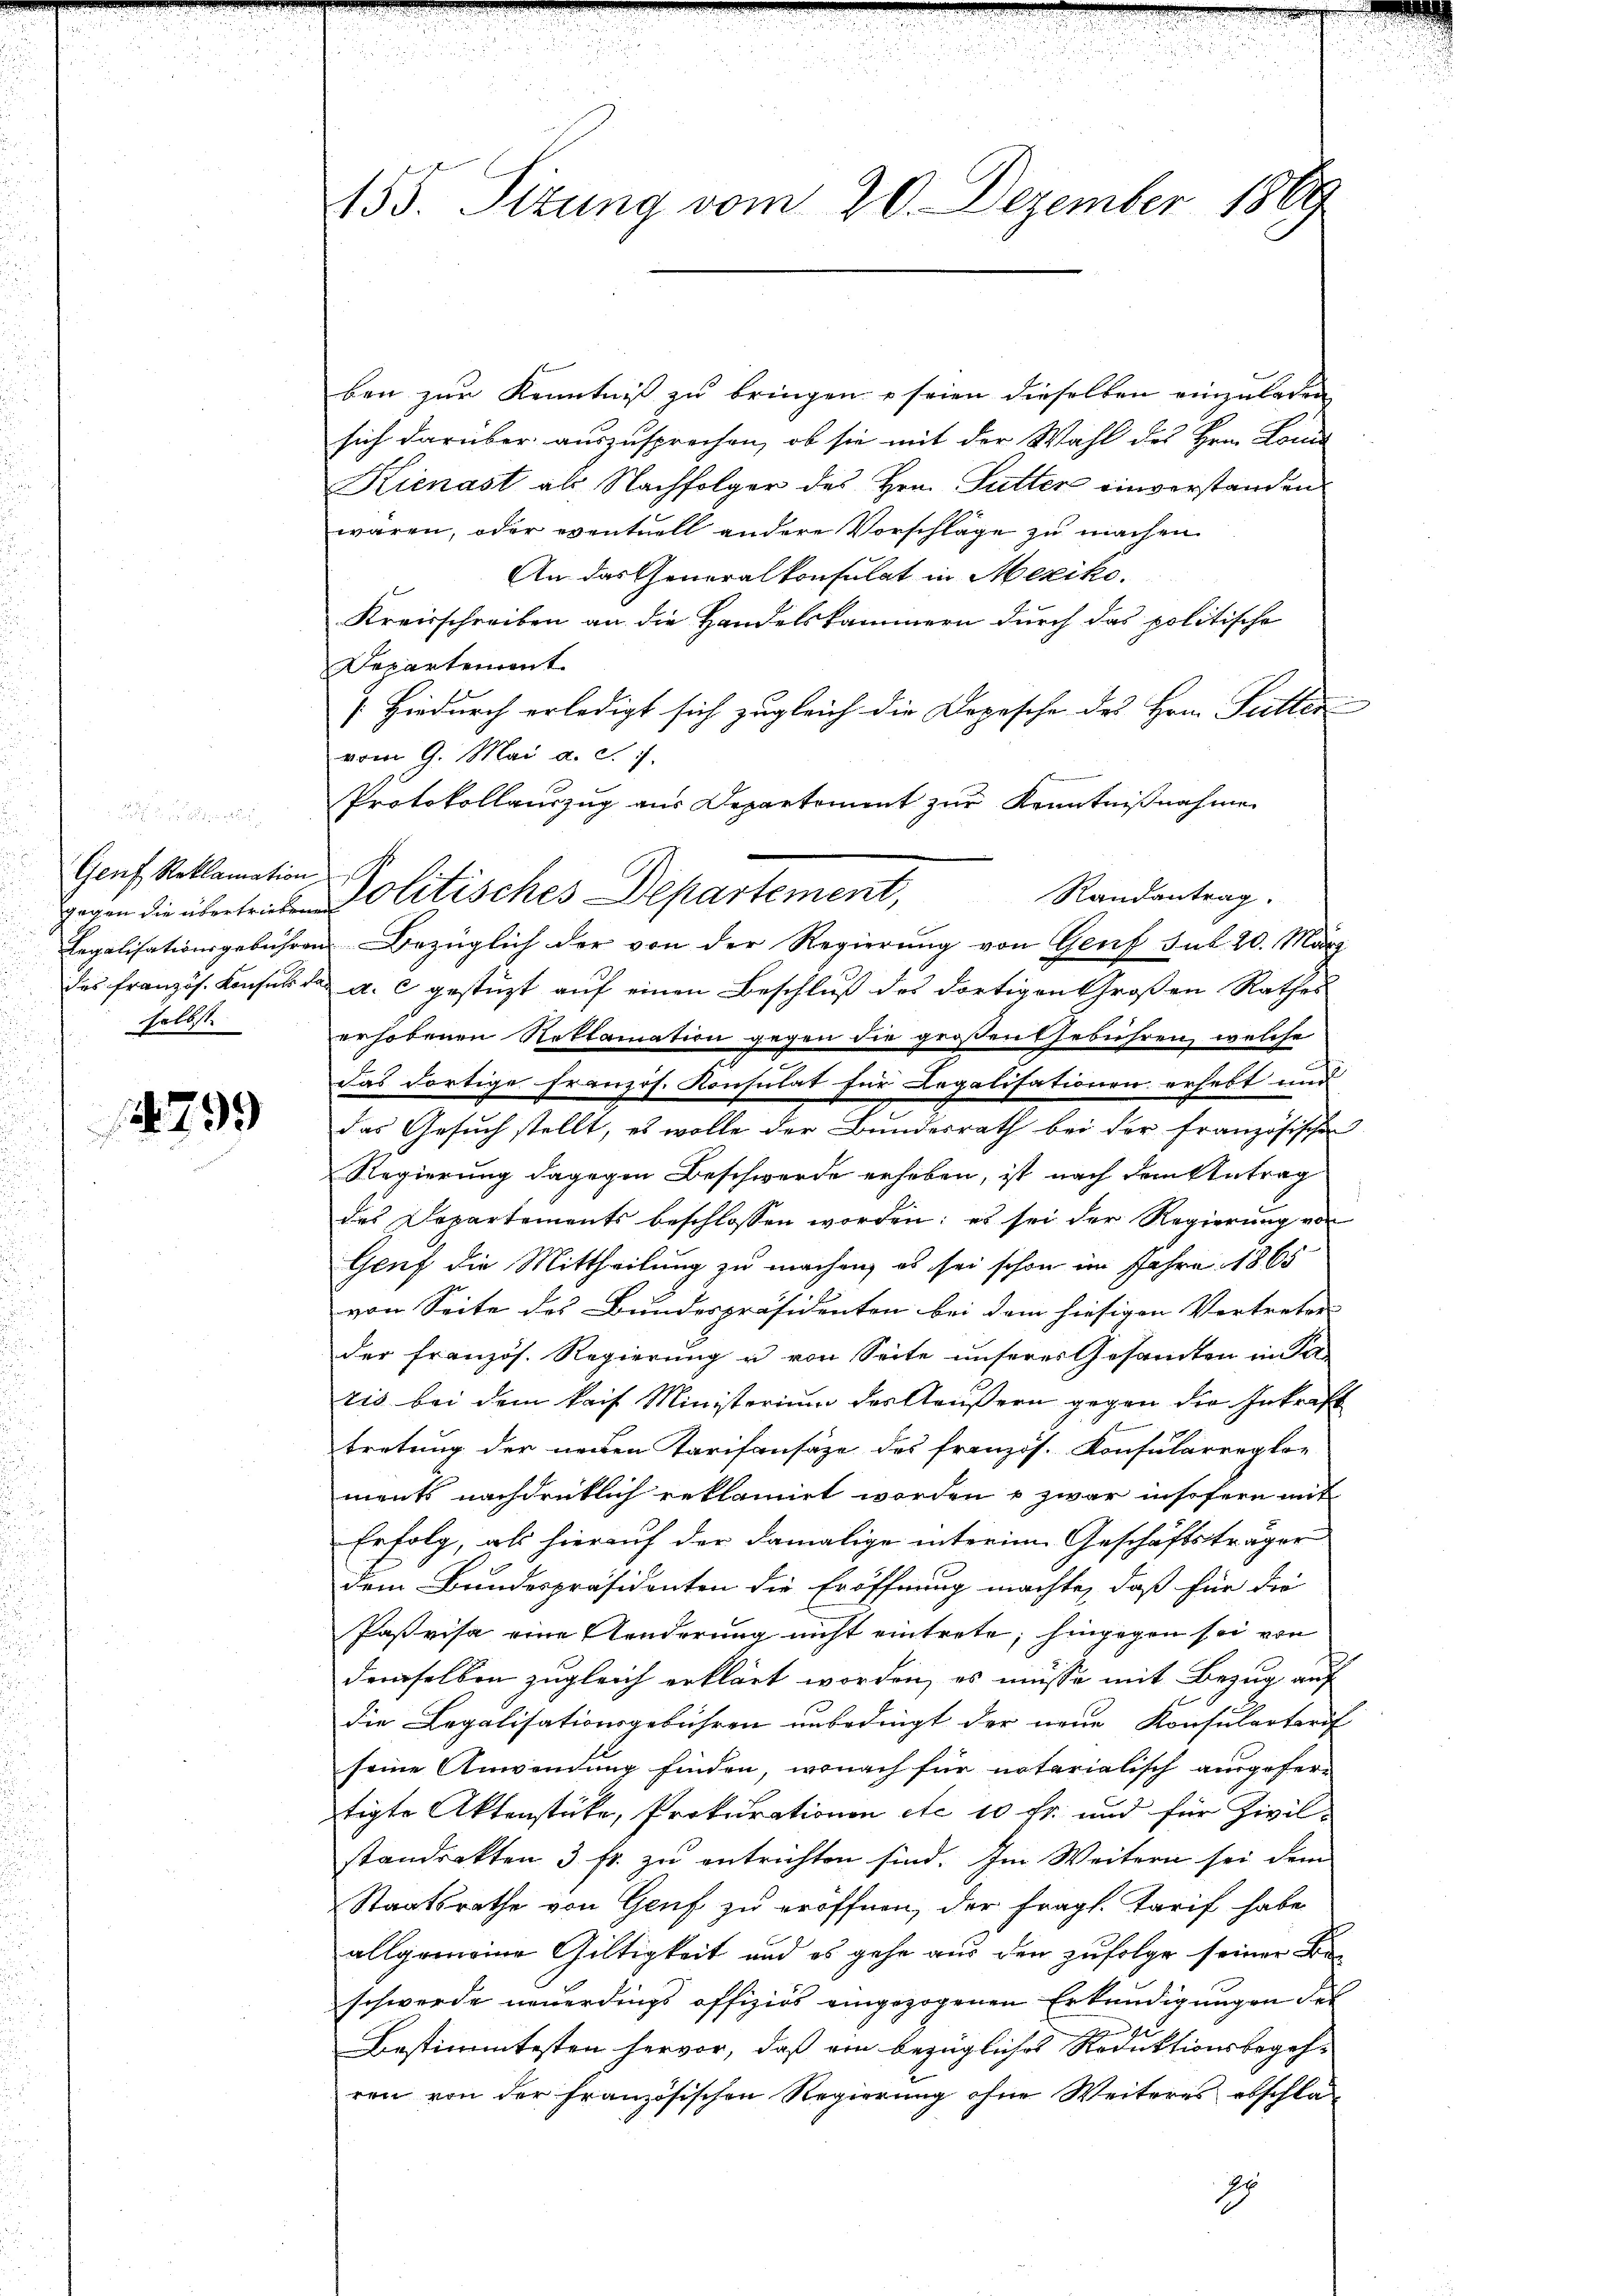
Genf Reklamation
selbst.

14799

155. Sizung vom 20. Dezember 1889

ben zur Kenntniß zu bringen, seien dieselben einzuladen
sich darüber auszusprechen, ob sie mit der Wahl des Hrn. Lon
Kienast als Nachfolger des Hrn. Futter einverstanden
wären, oder eventuell andere Vorschläge zu machen.
An das Generalkonsulat in Mexiko¬
Kreisschreiben an die Handelskammern durch das politische
Departement
[Hiedurch erledigt sich zugleich die Dopesche des Hrn. Futter
vom 9. Mai a. c.
Protokollauszug aus Departement zur Kenntnißnahme
Randantrag.
gegen die übertreten Politisches Departement,
Legalisationsgebühren Bezüglich der von der Regierung von Genf sub 20. März
des Französ. Konsuls das a. c. gestüzt auf einen Beschluß des dortigen Großen Rathes
erhobenen Reklamation gegen die großen Gebühren, welche
das dortige Französ. Konsulat für Legalisationen erhebt und
das Gesuch stellt, es wolle der Bundesrath bei der französischen
Regierung dagegen Beschwerde erheben, ist nach dem Antrag
des Departements beschlossen worden; es sei der Regierung von
Genf die Mittheilung zu machen, es sei schon im Jahre 1865
von Seite des Bundespräsidenten bei dem hiesigen Vertreten
der französ. Regierung u von Seite unseres Gesamten in Pa-
ris bei dem kaif Ministerium das Aeußern gegen die Inkraft
tretung der neuen Tarifansäze des französ. Konsularreglo-
ments nachdrücklich reklamirt worden u zwar insofern mit
Erfolg, als hierauf der damalige interim Geschäftsträger
Dem Bundespräsidenten die Eröffnung machte, daß für die
Pasvisa eine Aenderung nicht eintrete; hingegen sei von
demselben zugleich erklärt worden, es müsse mit Bezug auf
die Legalisationsgebühren unbedingt der neue Konsularterof
seine Anwendung finden, wonach für notarialisch ausgefer-
tigte Aktenstücke, Prokurationen etc. 10 fr. und für Zivilstandrakten 3 fr. zu entrichten sind. Im Weitern sei dem
Staatsrathe von Genf zu eröffnen, der fragl. Tarif habe
allgemeine Gültigkeit und es gehe aus den zufolge seiner Be-
schwerde neuerdings offizirs eingezogenen Erkundigungen des
Bestimmtesten hervor, daß ein bezügliches Reduktionsbegeh-
ren von der französischen Regierung ohne Weiteres abschla
Ih